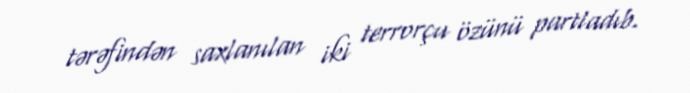
tərəfindən saxlanılan iki terrorçu özünü partladıb.